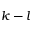
k - l